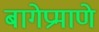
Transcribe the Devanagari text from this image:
बागेप्रमाणे